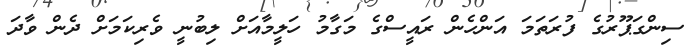
ސިންގަޕޫރުގެ ފުރަތަމަ އަންހެން ރައީސްގެ މަގާމު ހަލީމާއަށް ލިބުނީ ވެރިކަމަށް ދެން ވާދަ